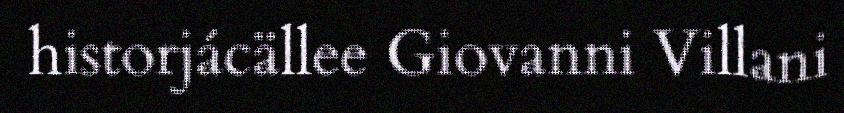
historjácällee Giovanni Villani